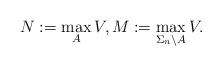
LaTeX: \begin{align*}N:=\max_{A} V, M:=\max_{\Sigma_n\setminus A} V.\end{align*}